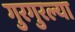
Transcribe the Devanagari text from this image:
गुरगुरल्या